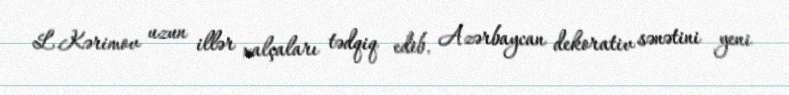
L.Kərimov uzun illər xalçaları tədqiq edib, Azərbaycan dekorativ sənətini yeni